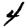
Digit: 4